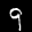
Label: 9